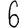
Digit: 6